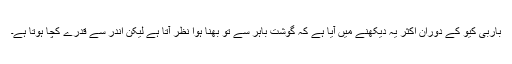
باربی کیو کے دوران اکثر یہ دیکھنے میں آیا ہے کہ گوشت باہر سے تو بھنا ہوا نظر آتا ہے لیکن اندر سے قدرے کچا ہوتا ہے۔